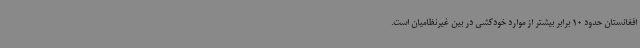
افغانستان حدود 10 برابر بیشتر از موارد خودکشی در بین غیرنظامیان است.